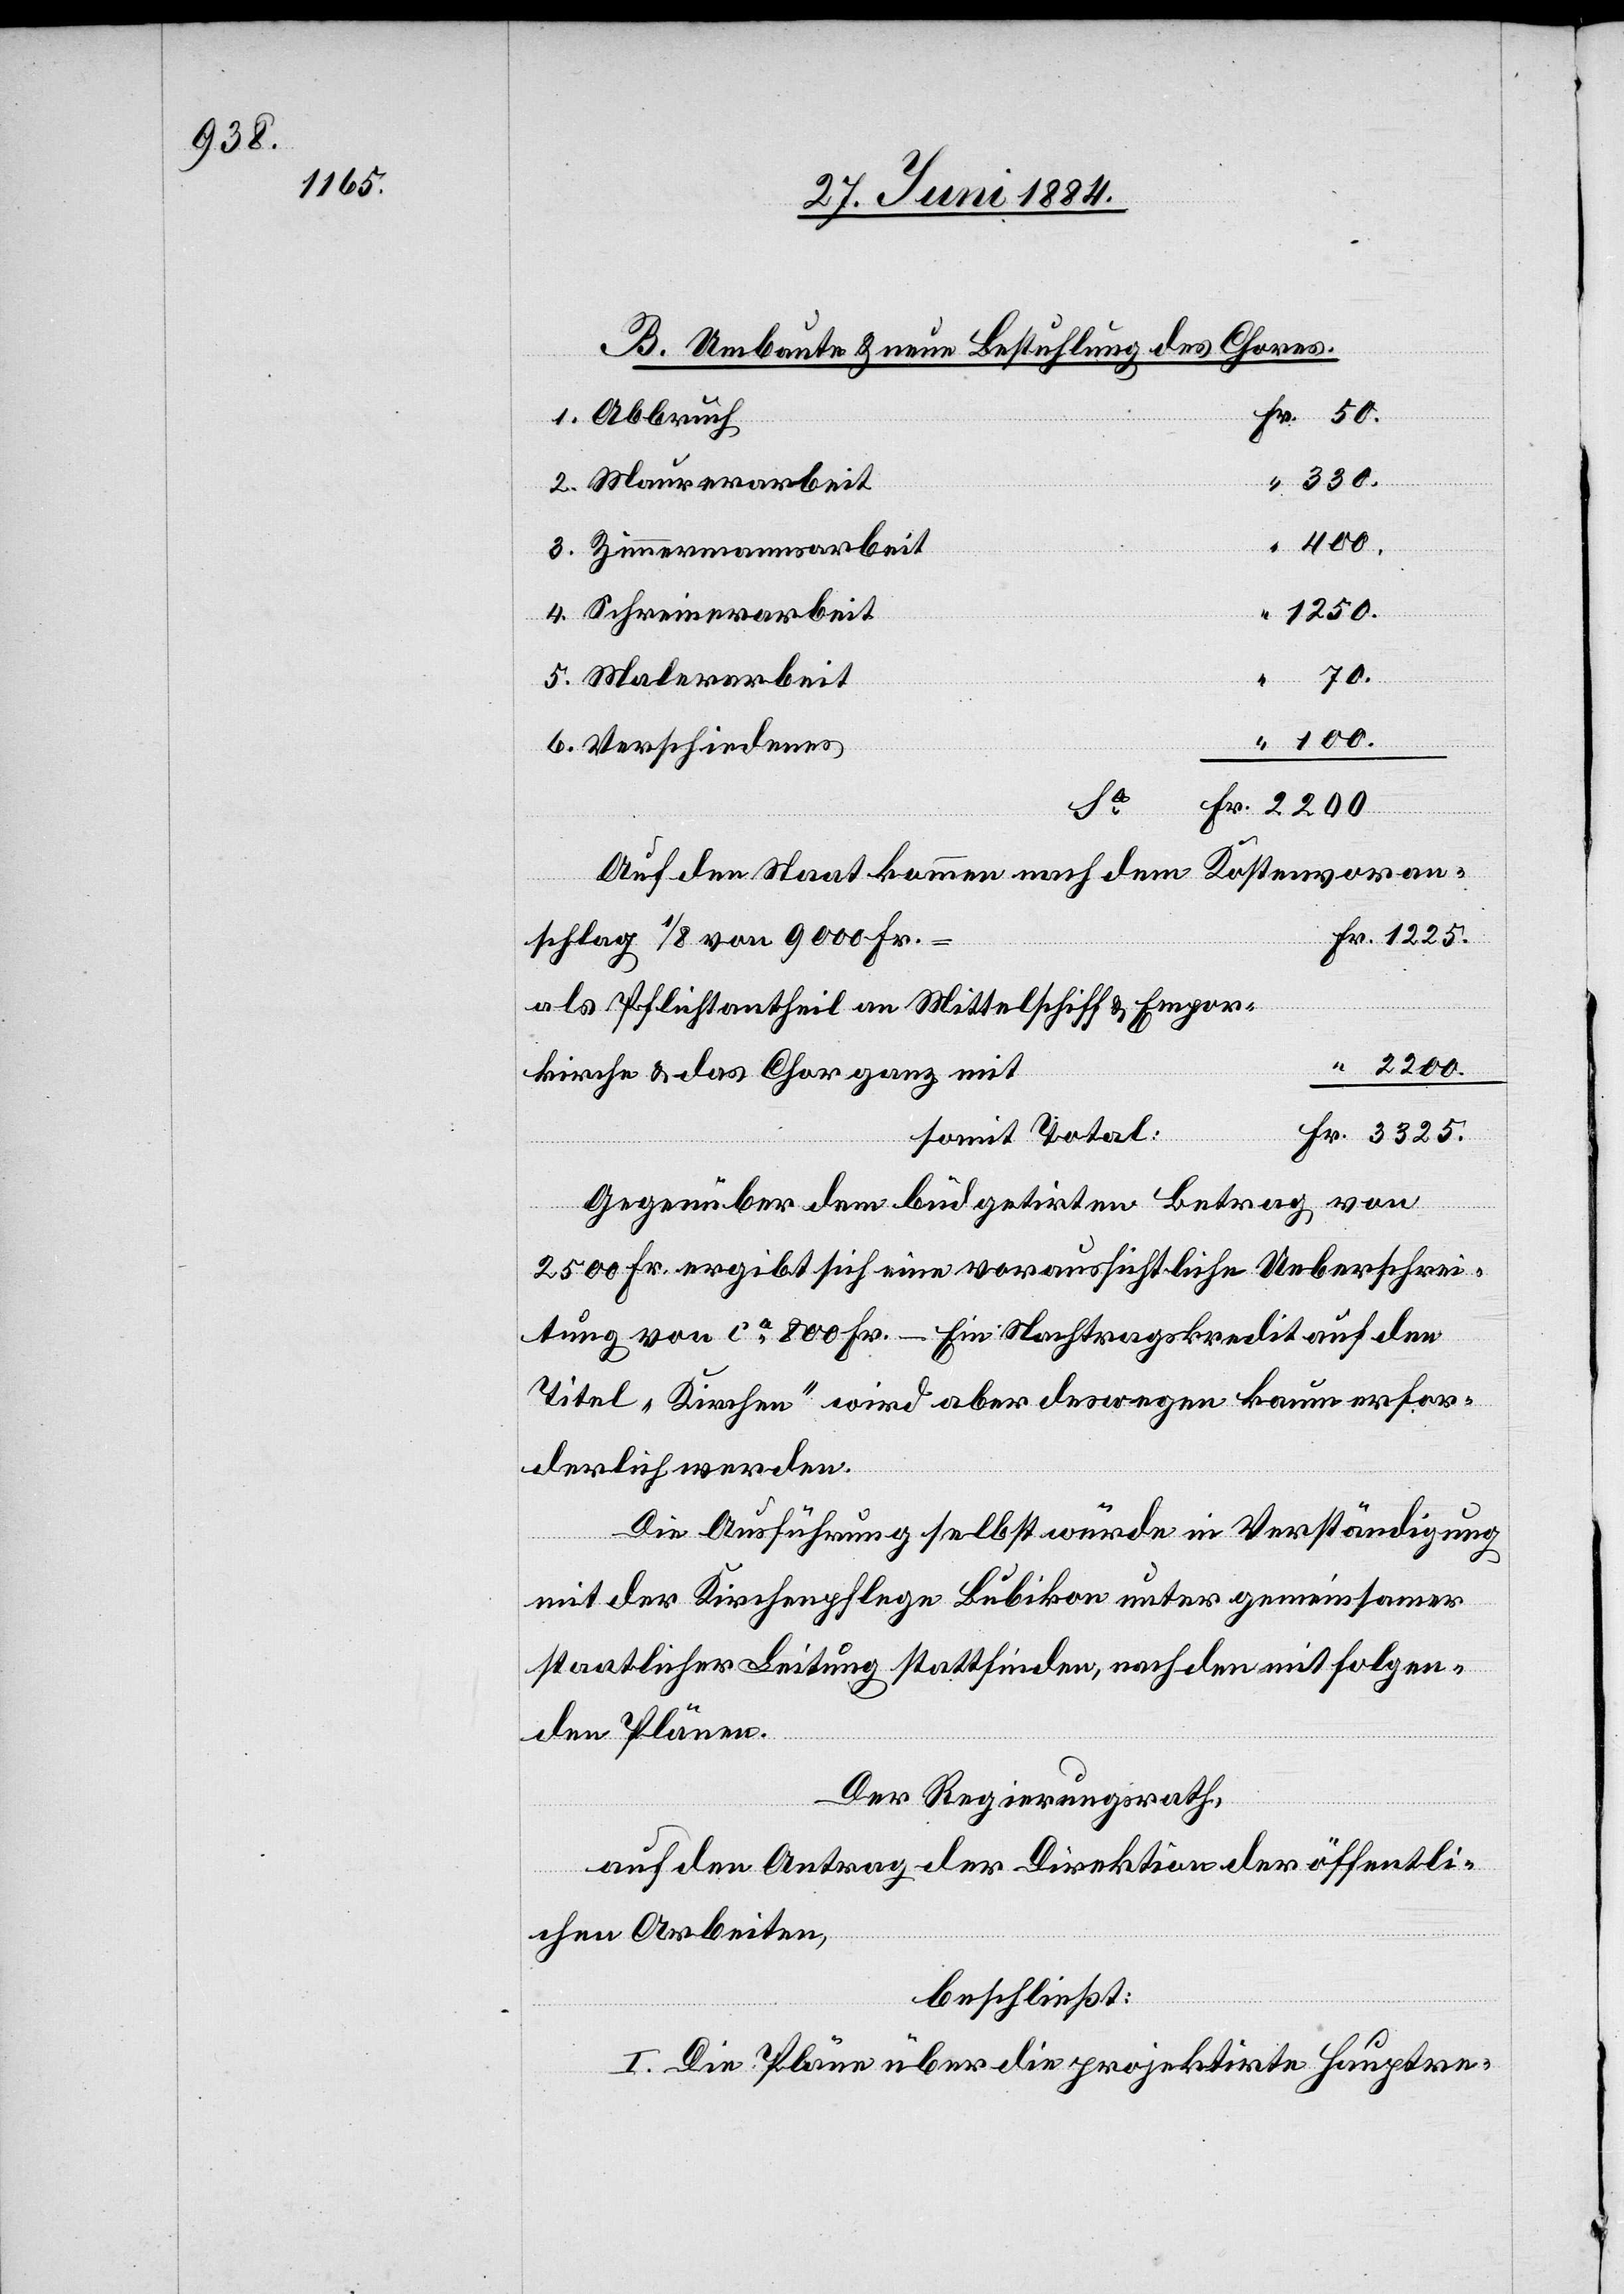
3325.

B. Umbaute & neue Bestuhlung des Chores.
1. Abbruch
2200.
2. Maurerarbeit
100.
3. Zimmermannarbeit
4. Schreinerarbeit
1225.
70.
5. Malerarbeit
6. Verschiedenes
“
50.
Kostenvoran¬
Auf den Staat kommen nach dem
schlag von 1/8 von 9000 Fr.
als Pflichtantheil an Mittelschiff & Empor¬
kirche & das Chor ganz mit
somit Total:
Gegenüber dem büdgetirten Betrag von
2500 Fr. ergibt sich eine voraussichtliche Ueberschrei¬
tung von ca 800 Fr. – Ein Nachtragskredit auf den
Titel „Kirchen“ wird aber deswegen kaum erfor¬
derlich werden.
Die Ausführung selbst würde in Verständigung
mit der Kirchenpflege Bubikon unter gemeinsamer
staatlicher Leitung stattfinden, nach den mitfolgen¬
den Plänen.
Der Regierungsrath,
auf den Antrag der Direktion der öffentli¬
Fr.
chen Arbeiten,
beschließt:
I. Die Pläne über die projektirte Hauptre-